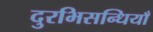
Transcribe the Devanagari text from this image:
दुरभिसन्धियाँ